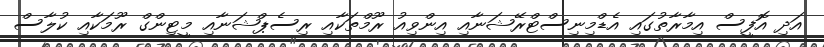
އަދި އޮފީސް އިމާރާތުގައި އެޑްމިނިސްޓްރޭޝަނާއި އިންވިއު ރޫމްތަކާއި ރިސެޕްޝަނާއި މީޓިންގް ރޫމަކާއި ކުލާސް